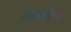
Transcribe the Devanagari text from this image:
अरोन